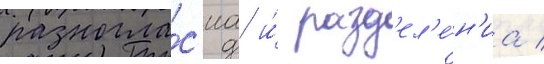
разногла́с'иа и́ разд'ел'е́н'иа /